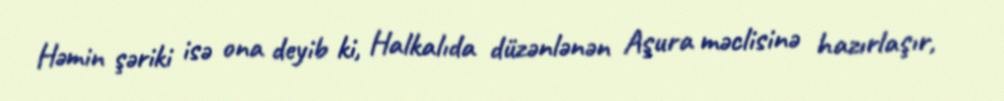
Həmin şəriki isə ona deyib ki, Halkalıda düzənlənən Aşura məclisinə hazırlaşır,